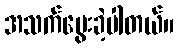
အသက်မွေးခဲ့ပါတယ်။